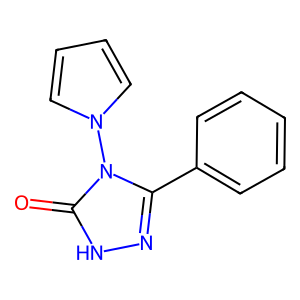
SMILES: O=c1[nH]nc(-c2ccccc2)n1-n1cccc1
Inhibits HIV replication: No